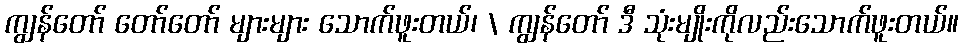
ကျွန်တော် တော်တော် များများ သောက်ဖူးတယ်၊ \ ကျွန်တော် ဒီ သုံးမျိုးကိုလည်းသောက်ဖူးတယ်။